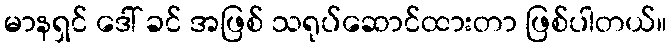
မာနရှင် ဒေါ် ခင် အဖြစ် သရုပ်ဆောင်ထားတာ ဖြစ်ပါတယ်။